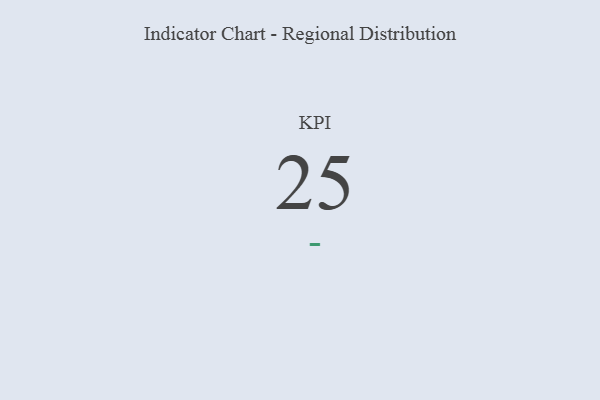
{"axis": {"x": "KPI", "y": "Value"}, "legend": [""], "data": [{"x": "KPI", "y": 25, "type": ""}]}